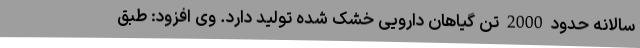
سالانه حدود2000تن گیاهان دارویی خشک شده تولید دارد. وی افزود: طبق